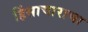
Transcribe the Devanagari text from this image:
हिंसाचाराचा